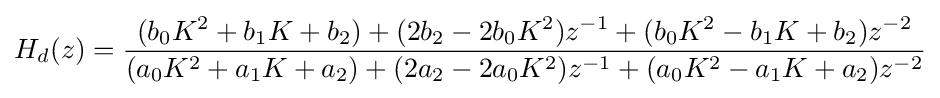
H_{d}(z)={\frac {(b_{0}K^{2}+b_{1}K+b_{2})+(2b_{2}-2b_{0}K^{2})z^{-1}+(b_{0}K^{2}-b_{1}K+b_{2})z^{-2}}{(a_{0}K^{2}+a_{1}K+a_{2})+(2a_{2}-2a_{0}K^{2})z^{-1}+(a_{0}K^{2}-a_{1}K+a_{2})z^{-2}}}